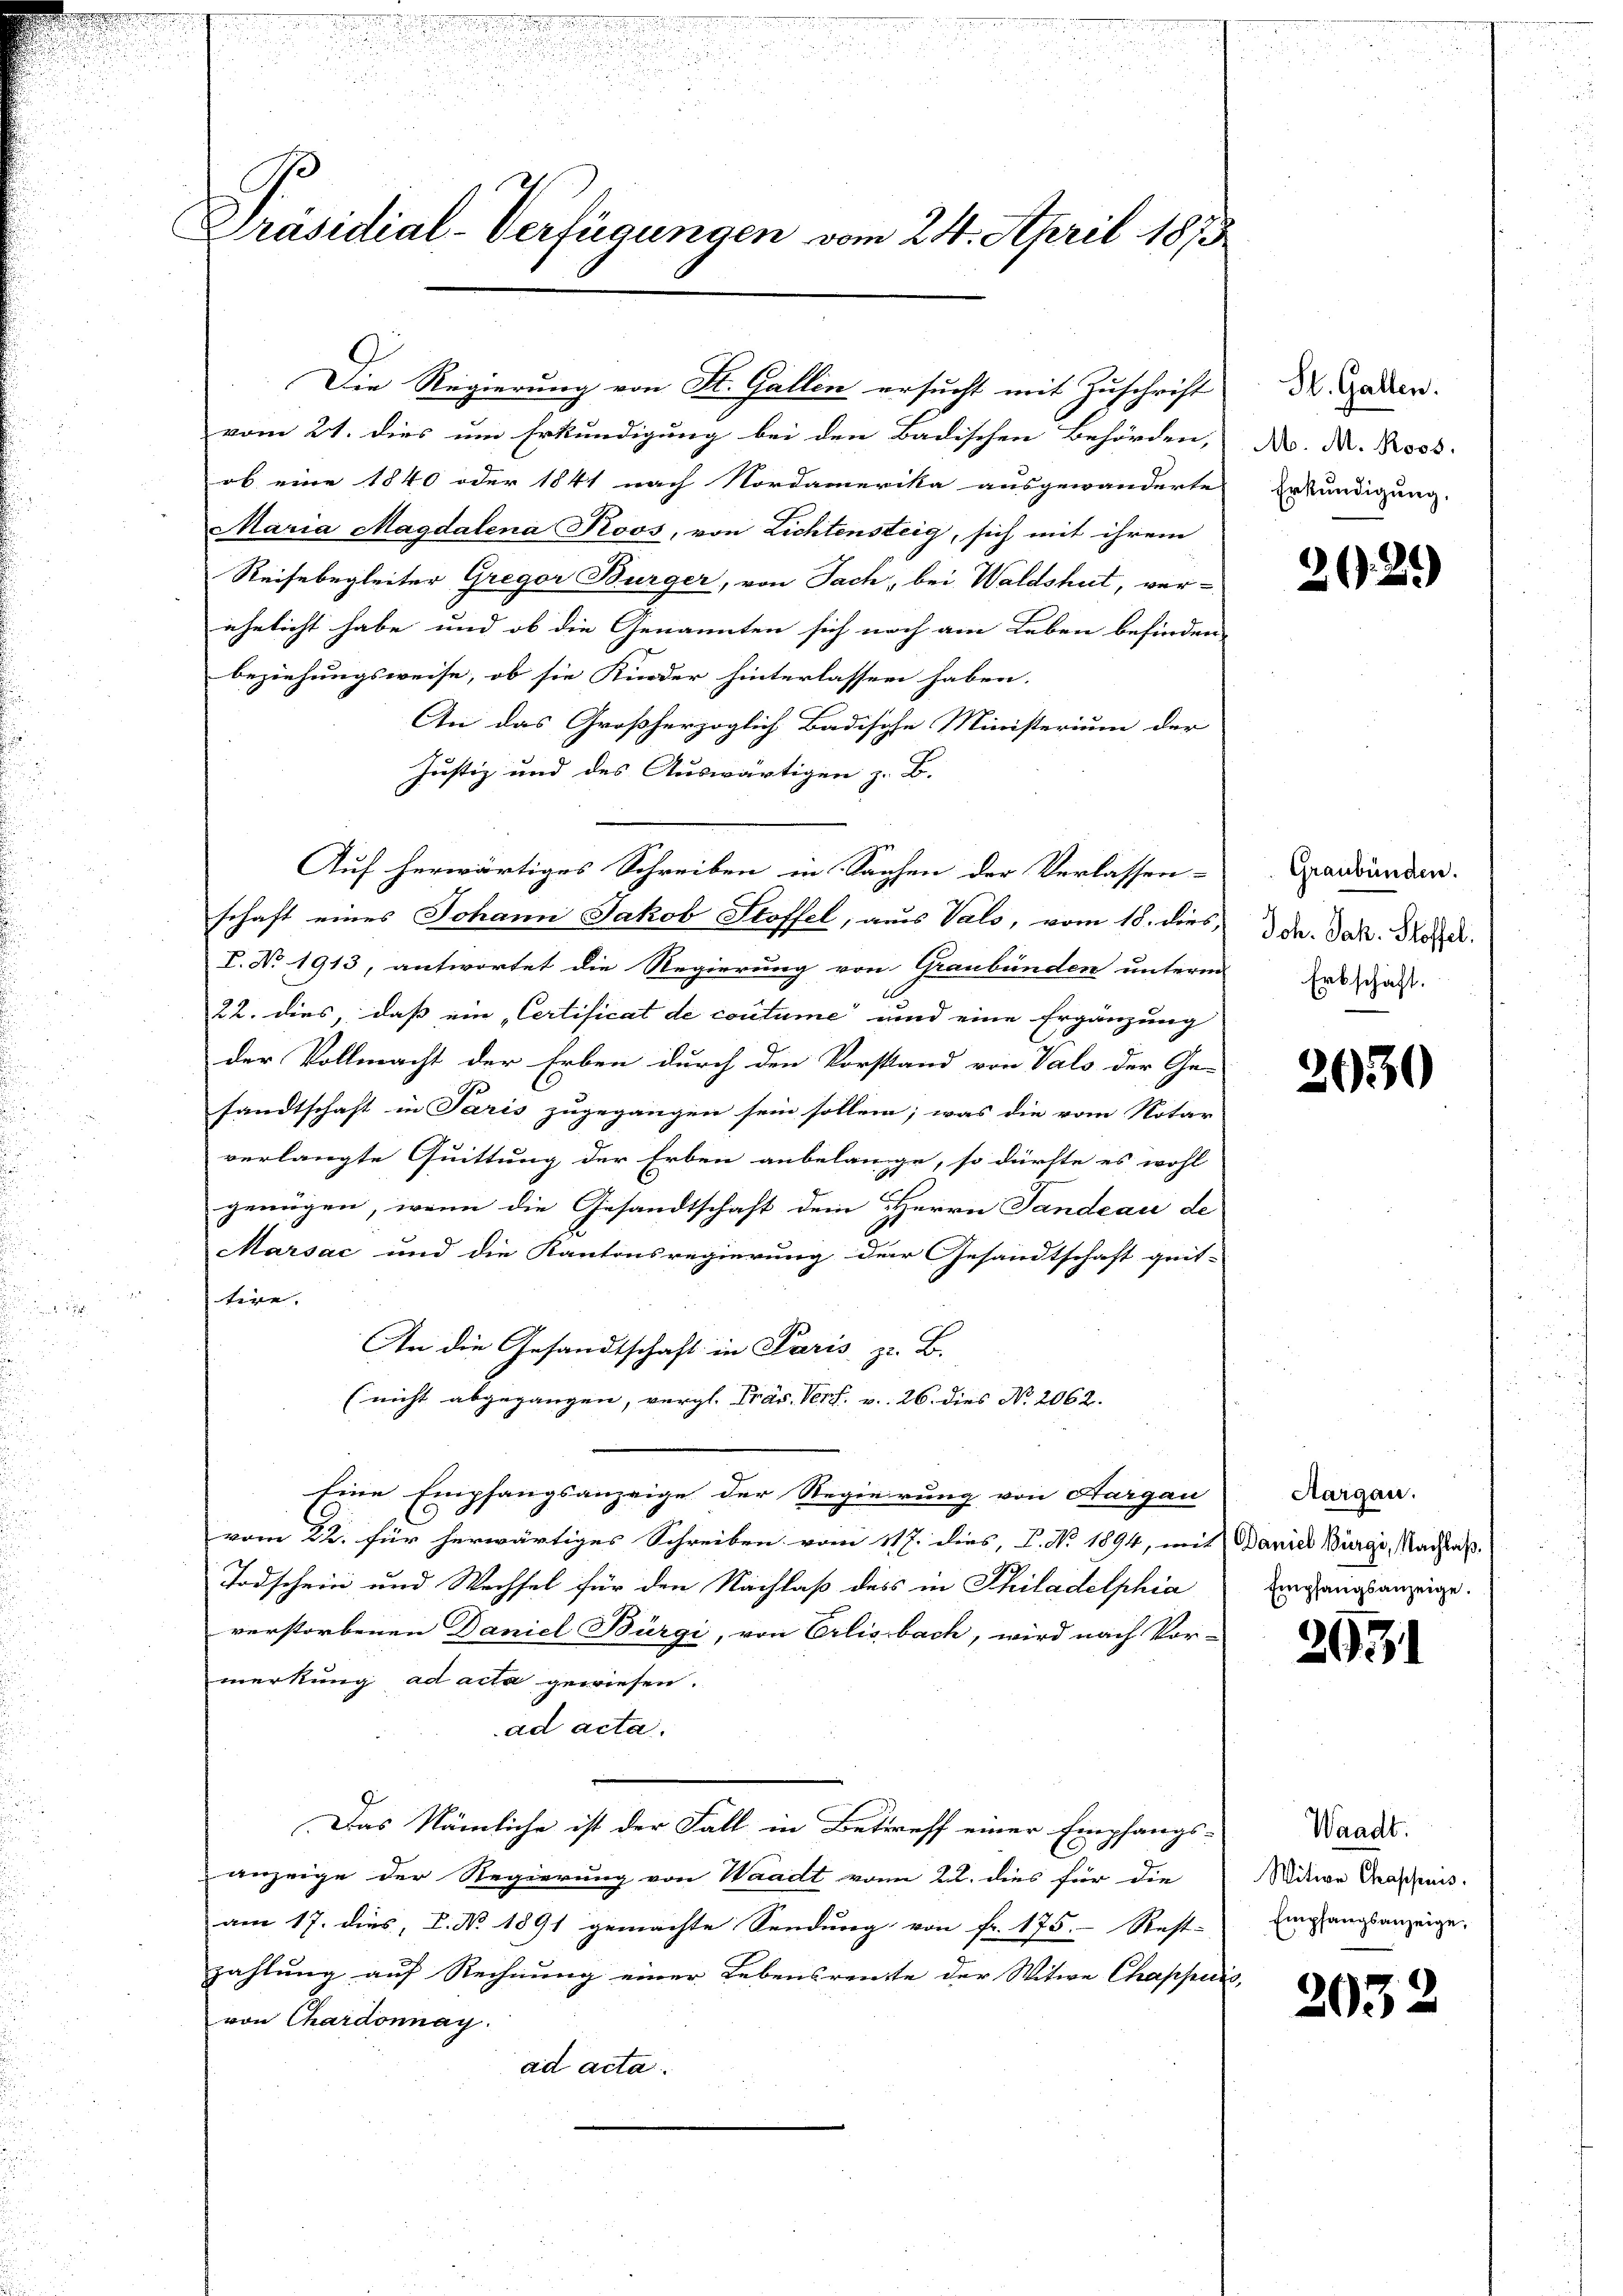
Präsidial-Verfügungen vom 24. April 1873

ob eine 1840 oder 1841 nach Nordamerika ausgewanderte
Maria Magdalena Koos, von Lichtensteig, sich mit ihrem
Reisebegleiter Gregor Bürger, von Fach, bei Waldshut, ver-
ähelicht habe und ob die Genannten sich noch am Leben befinden
beziehungsweise, ob sie Kinder hinterlassen haben.
An das Großherzoglich Badische Ministerium der
Justiz und des Auswärtigen z. B.
Auf herwärtiges Schreiben in Sachen der Verlassen-
schaft eines Johann Jakob Stoffel, aus Valo, vom 18. dies,
V. No 1913, antwortet die Regierung von Graubünden unterm
22. dies, daß ein „Certificat de coutume und eine Ergänzung
der Vollmacht der Erben durch den Vorstand von Vals der Ge-
sandtschaft in Paris zugegangen sein sollen; was die vom Notar
verlangte Quittung der Erben anbelange, so dürfte es wohl
genügen, wenn die Gesandtschaft dem Herrn Pandeau de
Marsac und die Kantonsregierung der Gesandtschaft geit-
tire,
An die Gesandtschaft in Paris zu B.
(nicht abgegangen, vergl. Präs. Verf. v. 26. dies No. 2062.
Eine Empfangsanzeige der Regierung von Aargau
vom 22. für herwärtiges Schreiben vom 117. dies, P. Nr. 1894, mit Daniel Bürgi, Nachlaß.
Todschein und Wechsel für den Nachlaß des in Philadelphia
verstorbenen Daniel Bürgi, von Erlisbach, wird nach Vor-
merkung ad acta gewiesen.
ad acta.
Das Nämliche ist der Fall in Betreff einer Empfangs-
C
anzeige der Regierung von Waadt vom 22. dies für die
am 17. dies, P. No. 1891 gemachte Sendung von Fr. 175. Rest- |
zahlung auf Rechnung einer Lebensrente der Witwe Chapfenis
von Chardonnay.
ad acta.

Die Regierung von St. Gallen ersucht mit Zuschrift
vom 21. dies um Erkundigung bei den Badischen Behörden,

St. Gallen.
M. M. Ross
Erkundigung,

Graubünden.
Joh. Jak. Stoffel.
Erbschaft.

202.

2030

Aargau.
Empfangsanzeige.

2971

Waadt.
Witive Chappuis.
Empfangsanzeige,

2032